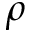
\rho